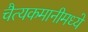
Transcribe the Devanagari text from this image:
चैत्यकमानीमध्ये